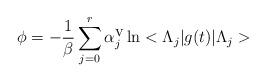
LaTeX: \begin{align*}\phi =-\frac{1}{\beta }\sum _{j=0}^{r}\alpha ^{\mbox {v}}_{j}\ln <\Lambda _{j}|g(t)|\Lambda _{j}>\end{align*}